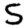
Digit: 5